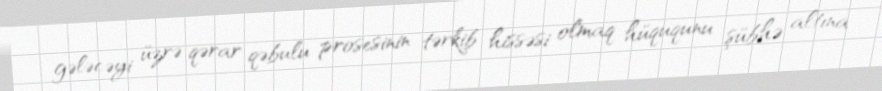
gələcəyi üzrə qərar qəbulu prosesinin tərkib hissəsi olmaq hüququnu şübhə altına